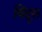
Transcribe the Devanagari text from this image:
बिंदुस